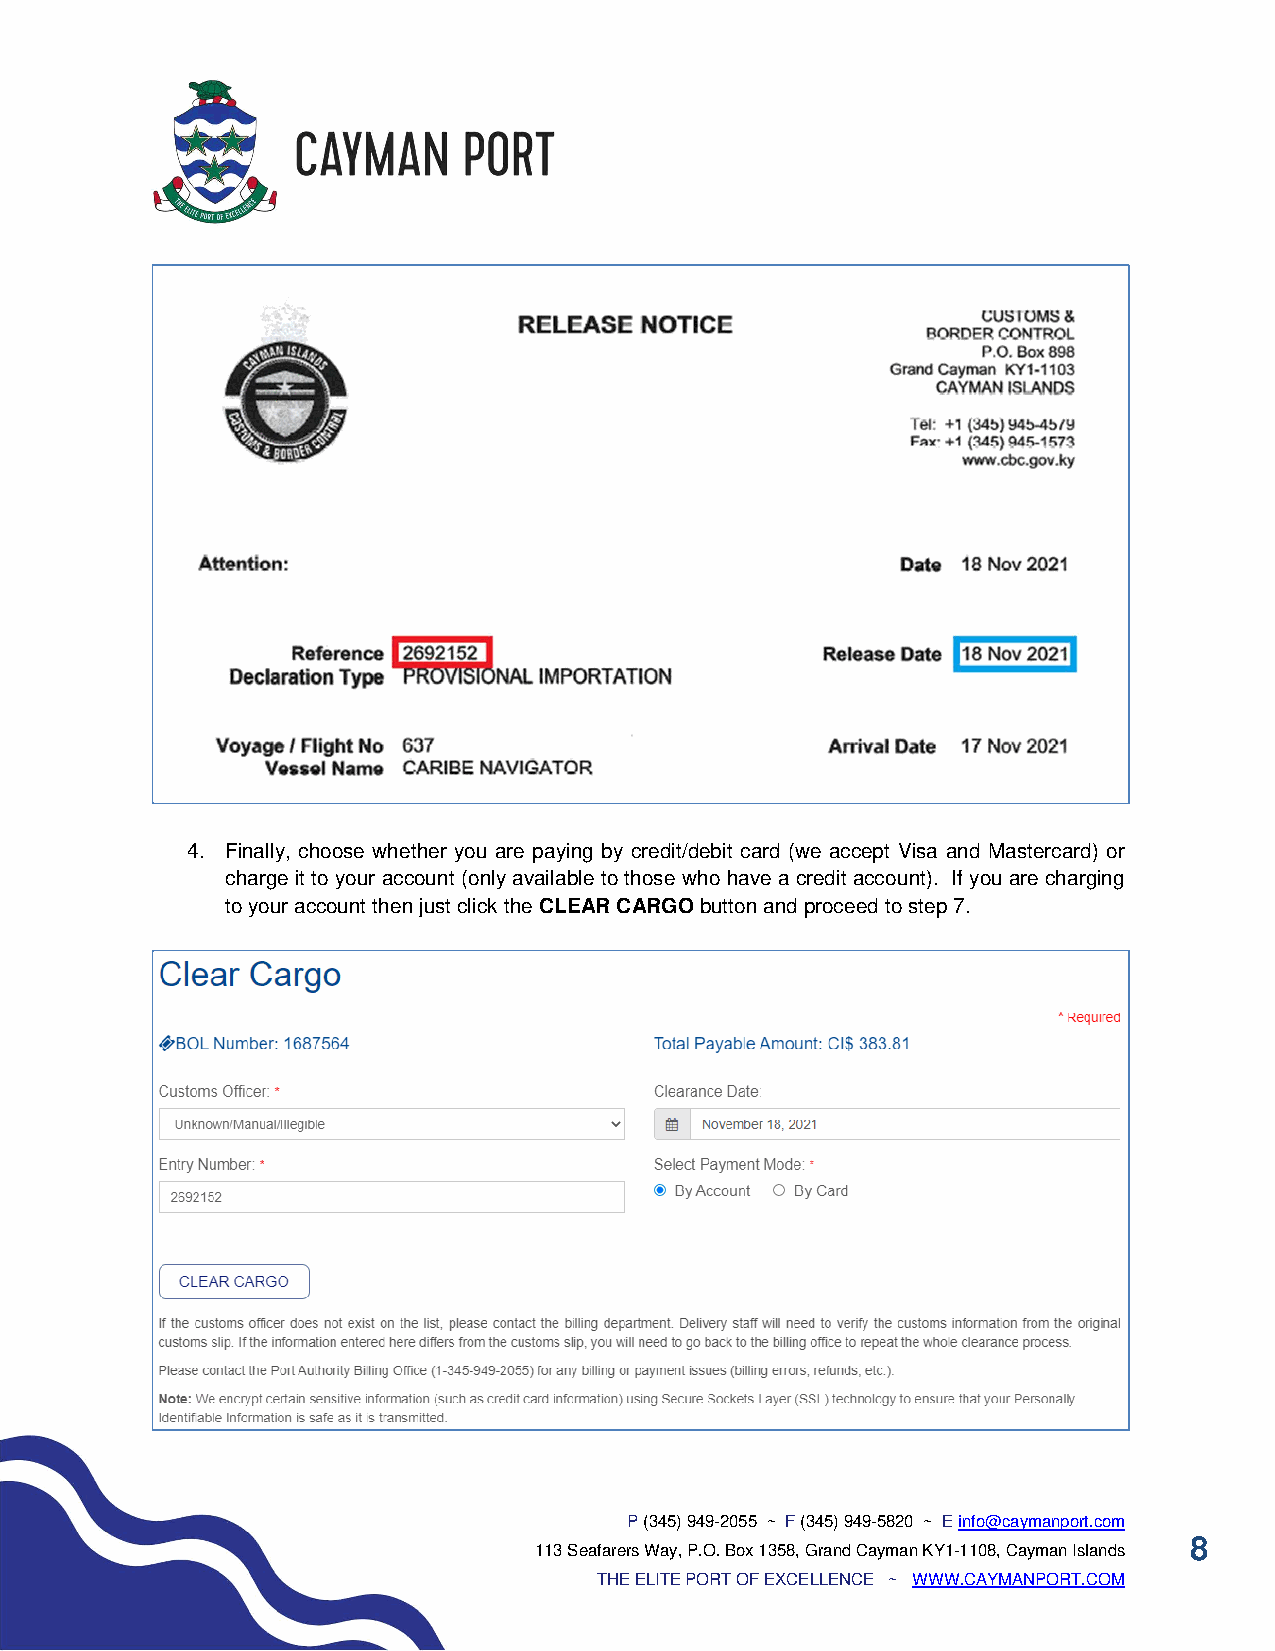
4. Finally, choose whether you are paying by credit/debit card (we accept Visa and Mastercard) or
 charge it to your account (only available to those who have a credit account). If you are charging
 to your account then just click the CLEAR CARGO button and proceed to step 7.
 P (345) 949-2055 ~ F (345) 949-5820 ~ E info@caymanport.com
 8
 113 Seafarers Way, P.O. Box 1358, Grand Cayman KY1-1108, Cayman Islands
 THE ELITE PORT OF EXCELLENCE ~ WWW.CAYMANPORT.COM